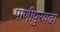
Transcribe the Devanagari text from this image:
पाणीपुरवढा